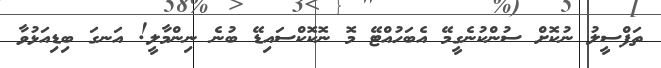
ތަފްސީލު ނުކޮށް ސުންކުނެގީމޭ އެބަހުއްޓޭ މޮ ނޮކޮކްސައިޑޭ ބުނެ ނިންމާލީ! އަނގަ ބިޑިއަޅުވާ